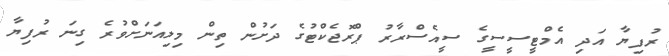
ރުފިޔާ އަދި އެމްޓީސީސީގެ ސީއެސްރާރު ޕްރޮޖެކްޓުގެ ދަށުން ތިން މިލިއަނަށްވުރެ ގިނަ ރުފިޔާ